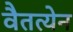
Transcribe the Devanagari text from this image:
वैतत्येन